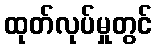
ထုတ်လုပ်မှုတွင်